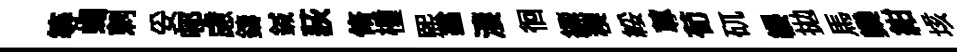
等蠅刺妥邨慮鑄鍼荻脩㮔熙翁淒徊縹稧綏蓴荀矹纓拋馬欒紺垓